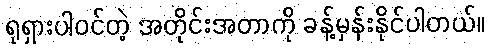
ရုရှားပါဝင်တဲ့ အတိုင်းအတာကို ခန့်မှန်းနိုင်ပါတယ်။